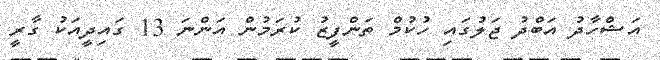
އަޝްހާދު އަބްދު ޖަލުގައި ހުކުމް ތަންފީޒު ކުރަމުން އަންނަ 13 ގައިދީއަކު ގާރީ